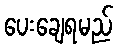
ပေးချေရမည်